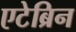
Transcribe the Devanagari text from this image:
एटेब्रिन